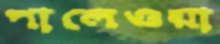
পালেওয়া